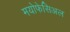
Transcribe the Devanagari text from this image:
मयोफेसिअल